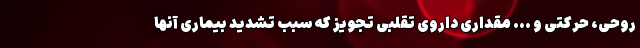
روحی، حرکتی و ... مقداری داروی تقلبی تجویز که سبب تشدید بیماری آنها